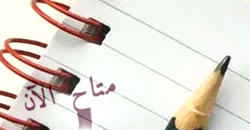
متاح الآن